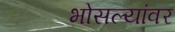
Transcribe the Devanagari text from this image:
भोसल्यांवर